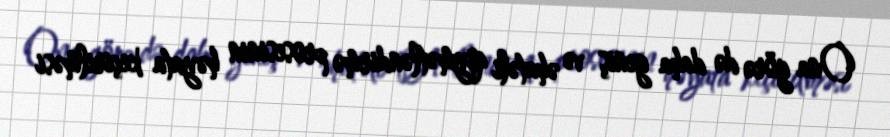
Ona görə də daha geniş və əhatəli qiymətləndirmə prosesinin həyata keçirilməsi